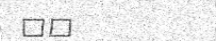
٦٨